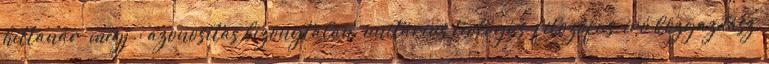
hittanár megj.: azonosítás bizonytalan unitárius teológus, filozófus, író közgazdász,